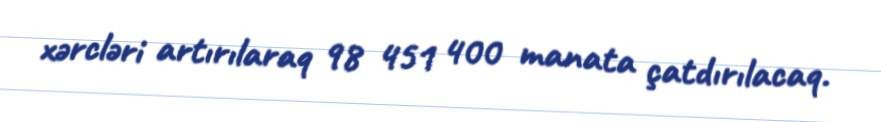
xərcləri artırılaraq 98 451 400 manata çatdırılacaq.